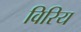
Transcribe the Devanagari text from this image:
विरिय